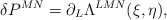
\begin{align*}\delta P^{MN}=\partial_L\Lambda^{LMN}(\xi,\eta),\end{align*}